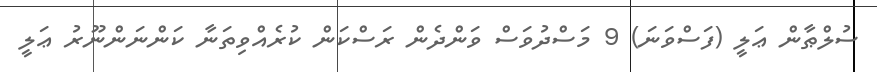
ސުލްޠާން ޢަލީ (ފަސްވަނަ) 9 މަސްދުވަސް ވަންދެން ރަސްކަން ކުރެއްވިތަނާ ކަންނަންނޫރު ޢަލީ